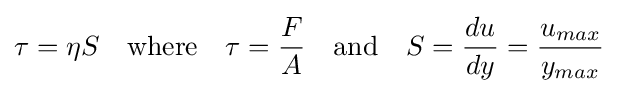
\tau =\eta S\quad {\text{where}}\quad \tau ={\frac {F}{A}}\quad {\text{and}}\quad S={du_{} \over dy}={u_{max} \over y_{max}}